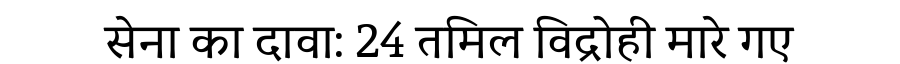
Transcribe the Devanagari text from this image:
सेना का दावा: 24 तमिल विद्रोही मारे गए